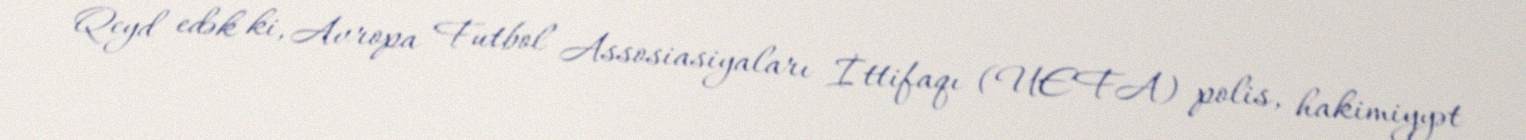
Qeyd edək ki, Avropa Futbol Assosiasiyaları İttifaqı (UEFA) polis, hakimiyyət